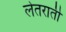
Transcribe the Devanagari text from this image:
लेतराती